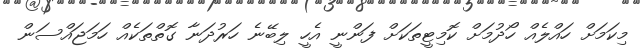
މިކަމަށް ހައްލެއް ހޯދުމަށް ކޮމިޓީތަކަށް ފަންނީ އެހީ ލިބޭނެ ހަރުދަނާ ގޮތްތަކެއް ހަމަޖައްސަން